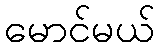
မောင်မယ်